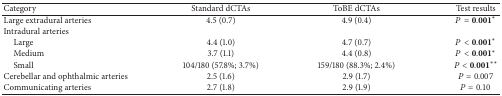
| Category | Standard dCTAs | ToBE dCTAs | Test results |
 | --- | --- | --- | --- |
 | Large extradural arteries | 4.5 (0.7) | 4.9 (0.4) | P = 0.001* |
 | Intradural arteries |  |  |  |
 | Large | 4.4 (1.0) | 4.7 (0.7) | P < 0.001* |
 | Medium | 3.7 (1.1) | 4.4 (0.8) | P < 0.001* |
 | Small | 104/180 (57.8%; 3.7%) | 159/180 (88.3%; 2.4%) | P < 0.001** |
 | Cerebellar and ophthalmic arteries | 2.5 (1.6) | 2.9 (1.7) | P = 0.007 |
 | Communicating arteries | 2.7 (1.8) | 2.9 (1.9) | P = 0.10 |